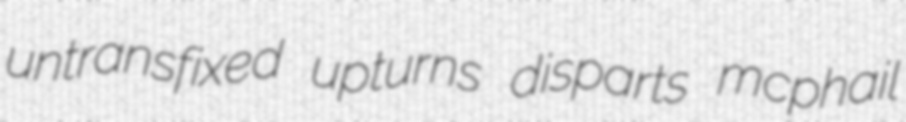
untransfixed upturns disparts mcphail